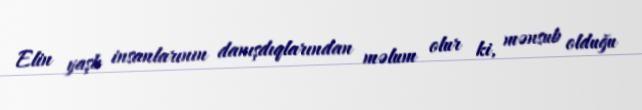
Elin yaşlı insanlarının danışdıqlarından məlum olur ki, mənsub olduğu